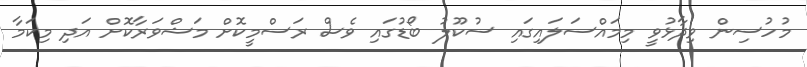
މުހުސިން ވިދާޅުވީ މިމައްސަލައިގައި ސުކޫލު ބޯޑުގައި ވެސް ރަސްމީކޮށް މަޝްވަރާކޮށް އަދި މިކަމާ